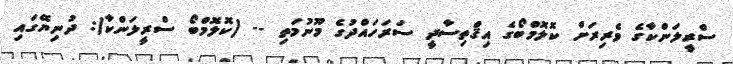
ސްރީލަންކާގެ ވެރިރަށް ކޮލޮމްބޯގެ އިޤްތިސާދީ ސަރަހައްދުގެ މޫނުމަތި -- (ކޮލޮމްބޯ ސްރީލަންކާ): ދުނިޔޭގައި